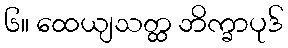
၆။ ထေယျသတ္ထ ဘိက္ခာပုဒ်